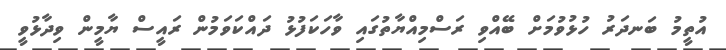
އުތީމު ބަނދަރު ހުޅުވުމަށް ބޭއްވި ރަސްމިއްޔާތުގައި ވާހަކަފުޅު ދައްކަވަމުން ރައީސް ޔާމީން ވިދާޅުވީ